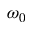
\omega _ { 0 }